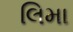
લિમા